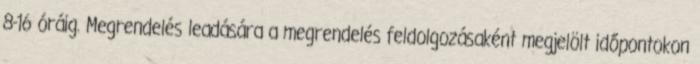
8-16 óráig. Megrendelés leadására a megrendelés feldolgozásaként megjelölt időpontokon